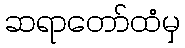
ဆရာတော်ထံမှ